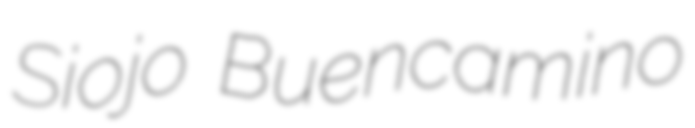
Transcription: Siojo Buencamino